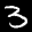
Label: 3